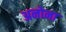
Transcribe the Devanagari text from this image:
अनोना